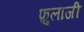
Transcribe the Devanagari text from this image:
फ़ुलाजी